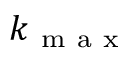
k _ { \mathrm { ~ m ~ a ~ x ~ } }